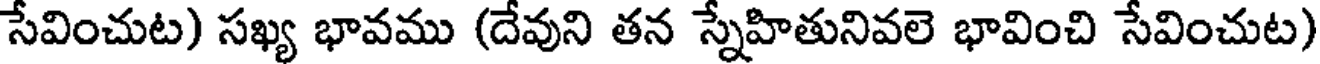
సేవించుట) సఖ్య భావము (దేవుని తన స్నేహితునివలె భావించి సేవించుట)